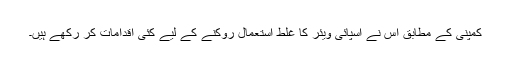
کمپنی کے مطابق اس نے اسپائی ویئر کا غلط استعمال روکنے کے لیے کئی اقدامات کر رکھے ہیں۔